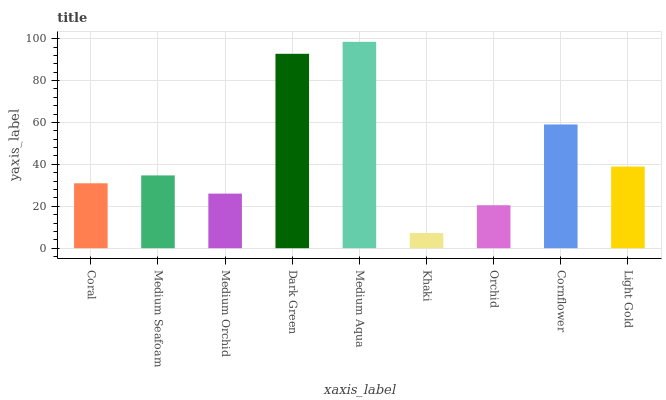
| xaxis_label | bars |
 | --- | --- |
 | Coral | 31 |
 | Medium Seafoam | 34.7 |
 | Medium Orchid | 26 |
 | Dark Green | 92.8 |
 | Medium Aqua | 98.5 |
 | Khaki | 7.25 |
 | Orchid | 20.5 |
 | Cornflower | 59 |
 | Light Gold | 39 |